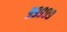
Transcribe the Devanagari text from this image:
९९९९९